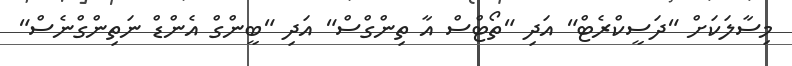
މިސާލަކަށް "ދަސީކްރެޓް" އަދި "ތޯޓްސް އާ ތިންގްސް" އަދި "ބީންގް އެންޑް ނަތިންގްނެސް"